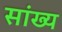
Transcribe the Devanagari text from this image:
सांख्‍य